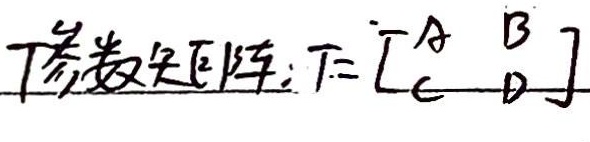
\(T\) 参数矩阵：\(T = \begin{bmatrix}A&B\\C&D\end{bmatrix}\)